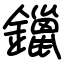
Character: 鑞